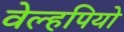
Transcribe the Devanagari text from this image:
वेल्हपियो